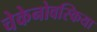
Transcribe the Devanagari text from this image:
चेकेनोवस्किया